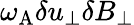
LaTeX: \omega_{\mathrm{A}}\delta u_{\perp}\delta B_{\perp}